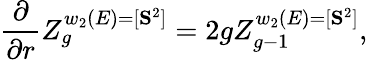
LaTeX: {\frac{\partial}{\partial r}}Z_{g}^{w_{2}(E)=[{\mathbf S}^{2}]}=2gZ_{g-1}^{w_{2}(E)=[{\mathbf S}^{2}]},